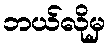
ဘယ်လိုမှ